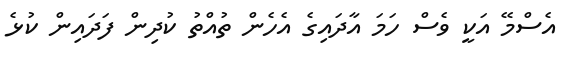
އެސްމޭ އަކީ ވެސް ހަމަ އާދައިގެ އެހެން ތުއްތު ކުދިން ފަދައިން ކުޅެ